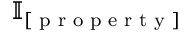
\mathbb { I } _ { [ \textup { p r o p e r t y } ] }